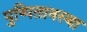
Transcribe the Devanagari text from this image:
पुष्पितावस्था